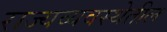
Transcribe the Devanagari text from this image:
राज्यव्यवस्थेतील